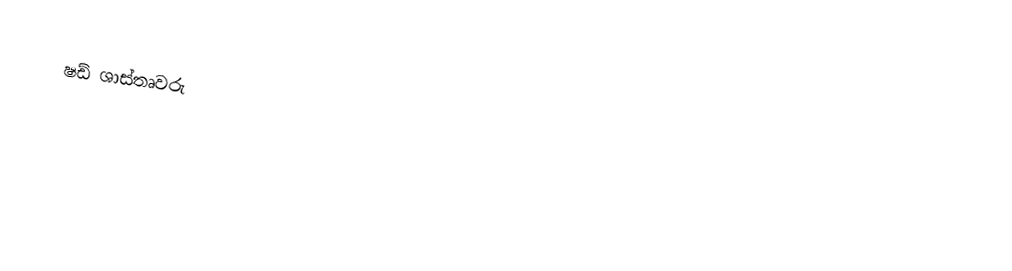
ෂඩ් ශාස්තෘවරු